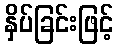
နှိပ်ခြင်းဖြင့်